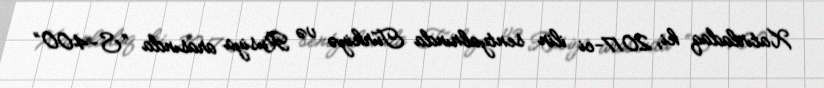
Xatırladaq ki, 2017-ci ilin sentyabrında Türkiyə və Rusiya arasında “S-400”